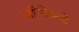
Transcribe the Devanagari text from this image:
जॉनीकडे